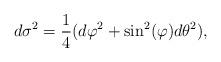
LaTeX: \begin{align*}d\sigma^{2}=\frac{1}{4}(d\varphi^{2}+\sin^{2}(\varphi)d\theta^{2}),\end{align*}